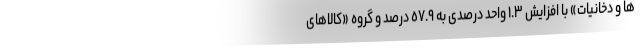
ها و دخانیات» با افزایش ١.٣ واحد درصدی به ٥٧.٩ درصد و گروه «کالاهای